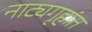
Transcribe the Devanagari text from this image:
नाट्यगृहांत